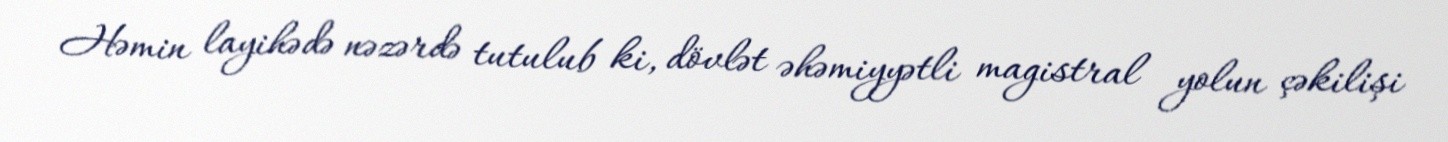
Həmin layihədə nəzərdə tutulub ki, dövlət əhəmiyyətli magistral yolun çəkilişi